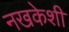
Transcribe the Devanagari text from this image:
नखकेशी